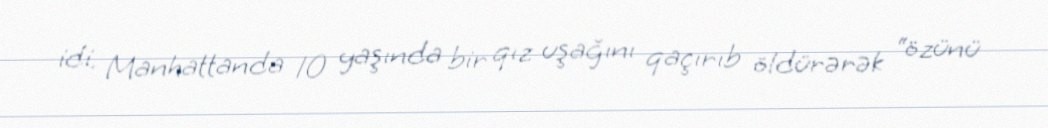
idi. Manhattanda 10 yaşında bir qız uşağını qaçırıb öldürərək “özünü